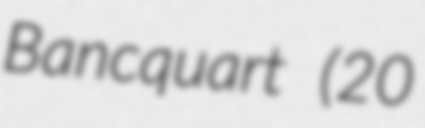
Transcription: Bancquart (20